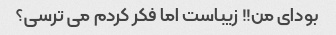
بودای من!! زیباست اما فکر کردم می ترسی؟